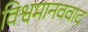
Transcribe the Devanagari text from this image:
विश्वमानववाद